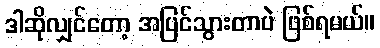
ဒါဆိုလျှင်တော့ အပြင်သွားတာပဲ ဖြစ်ရမယ်။